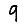
Digit: 9